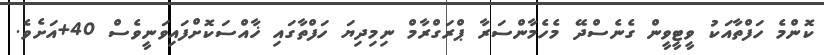
ކޮންމެ ހަފްތާއަކު ވީޓީވީން ގެނެސްދޭ މެހެމާންސަރާ ޕްރަގްރާމް ނިމިދިޔަ ހަފްތާގައި ޚާއްސަކޮށްފައިވަނީވެސް 40+އަށެވެ.